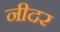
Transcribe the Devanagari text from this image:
नीदर